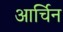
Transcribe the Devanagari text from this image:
आर्चिन